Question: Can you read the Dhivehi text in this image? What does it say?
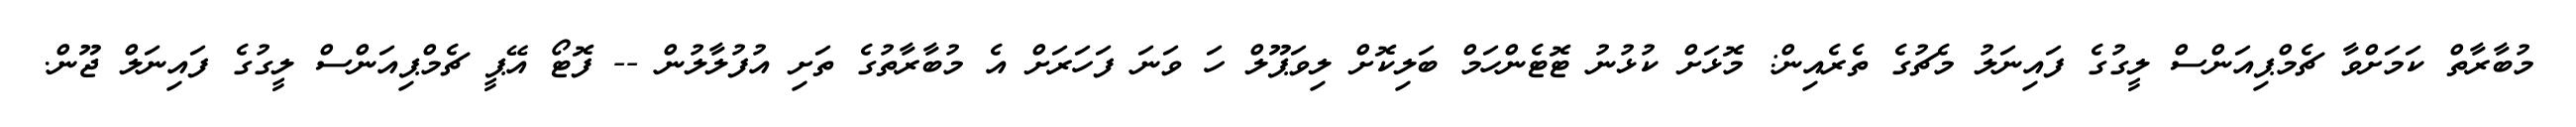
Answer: މުބާރާތް ކަމަށްވާ ޗެމްޕިއަންސް ލީގުގެ ފައިނަލު މެޗުގެ ތެރެއިން: މޮޅަށް ކުޅުނު ޓޮޓެންހަމް ބަލިކޮށް ލިވަޕޫލް ހަ ވަނަ ފަހަރަށް އެ މުބާރާތުގެ ތަށި އުފުލާލުން -- ފޮޓޯ އޭޕީ ޗެމްޕިއަންސް ލީގުގެ ފައިނަލް ޖޫން.